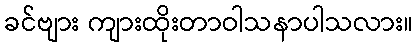
ခင်ဗျား ကျားထိုးတာဝါသနာပါသလား။